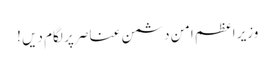
وزیر اعظم امن دشمن عناصر پر لگام دیں !